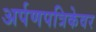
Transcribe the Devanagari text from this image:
अर्पणपत्रिकेवर